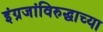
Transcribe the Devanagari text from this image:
इंग्रजांविरुद्धाच्या